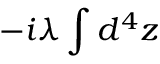
- i \lambda \int d ^ { 4 } z